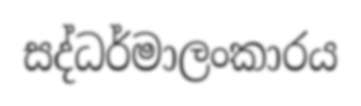
සද්ධර්මාලංකාරය